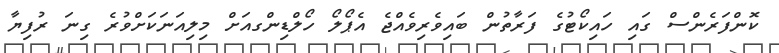
ކޮންފަރެންސް ގައި ހައިކޯޓުގެ ފަރާތުން ބައިވެރިވެއްޖެ އެޕޯލޯ ހޯލްޑިންގއަށް މިލިއަނަކަށްވުރެ ގިނަ ރުފިޔާ